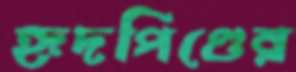
হৃদপিণ্ডের